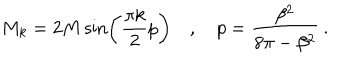
M _ { k } = 2 M \sin \left( \frac { \pi k } { 2 } p \right) \quad , \quad p = \frac { \beta ^ { 2 } } { 8 \pi - \beta ^ { 2 } } \: .